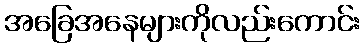
အခြေအနေများကိုလည်းကောင်း